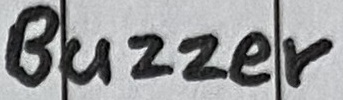
Text: Buzzer